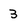
Character: 3